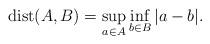
LaTeX: \begin{align*}\mathrm{dist}(A,B)=\sup_{a\in A}\inf_{b\in B}|a-b|.\end{align*}